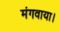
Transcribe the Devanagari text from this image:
मंगवाया।